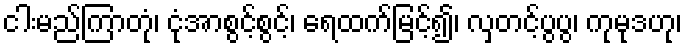
ငါးမည်ကြာတုံ၊ ငုံအာစွင့်စွင့်၊ ရေထက်မြင့်၍၊ လှတင့်ပွပွ၊ ကုမုဒဟု၊